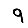
Digit: 9